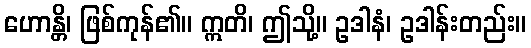
ဟောန္တိ၊ ဖြစ်ကုန်၏။ ဣတိ၊ ဤသို့။ ဥဒါနံ၊ ဥဒါန်းတည်း။